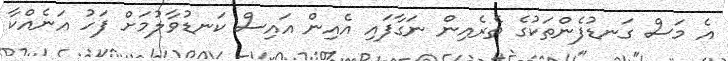
އެ މަސް ގަނޑުފެންތަކުގެ ތެރެއިން ނަގާފައި އެއިން އައިސް ކަނޑުވާލުމަށް ފަހު އަނެއްކާ